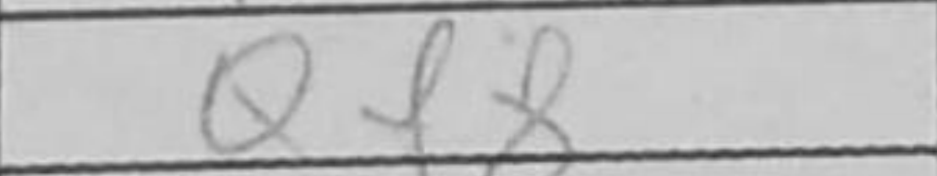
Transcription: Qf8